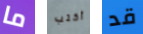
ما أكتب قد